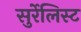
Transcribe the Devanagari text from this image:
सुर्रेलिस्ट